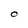
Character: O